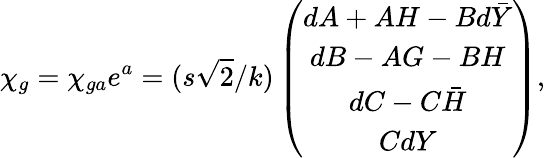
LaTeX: \chi_{g}=\chi_{ga}e^{a}=(s\sqrt{2}/k)\left(\begin{array}{c}{{dA+AH-Bd\bar{Y}}}\\ {{dB-AG-BH}}\\ {{dC-C\bar{H}}}\\ {{CdY}}\end{array}\right),